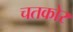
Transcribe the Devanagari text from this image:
चतकोर